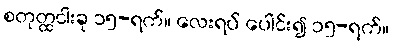
စတုတ္ထငါးခု ၁၅-ရက်။ လေးရပ် ပေါင်း၍ ၁၅-ရက်။